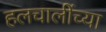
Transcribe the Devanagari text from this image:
हलचालींच्या